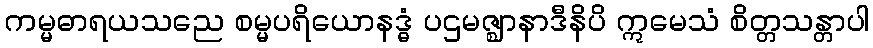
ကမ္မဓာရယသညေ စမ္မပရိယောနဒ္ဓံ ပဌမဇ္ဈာနာဒီနိပိ ဣမေသံ စိတ္တသန္တာပါ